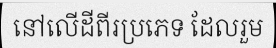
នៅលើដីពីរប្រភេទ ដែលរួម